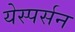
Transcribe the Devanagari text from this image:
येस्पर्सन